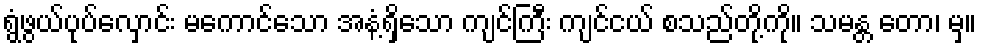
ရွံဖွယ်ပုပ်လှောင်း မကောင်သော အနံ့ရှိသော ကျင်ကြီး ကျင်ငယ် စသည်တို့ကို။ သမန္တ တော၊ မှ။